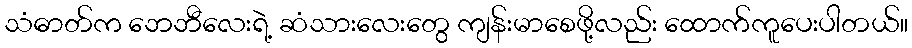
သံဓာတ်က ဘေဘီလေးရဲ့ ဆံသားလေးတွေ ကျန်းမာစေဖို့လည်း ထောက်ကူပေးပါတယ်။